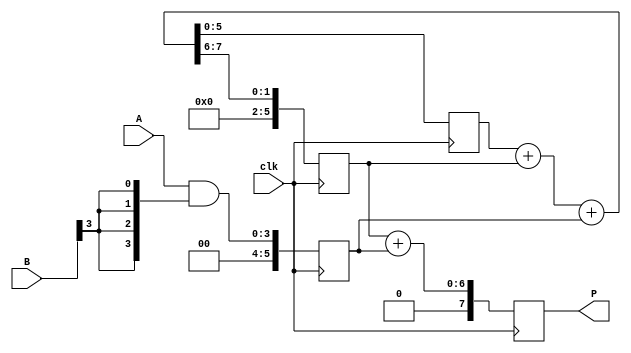
module wallace_tree_multiplier #(parameter N = 4) (
    input clk,
    input [N-1:0] A,
    input [N-1:0] B,
    output reg [2*N-1:0] P
);

// Generate Partial Products
wire [N-1:0] pp [0:N-1]; // Partial products

generate
    genvar i, j;
    for (i = 0; i < N; i = i + 1) begin: pp_gen
        assign pp[i] = A & {N{B[i]}};
    end
endgenerate

// Wallace Tree Reduction
reg [N+1:0] level [0:N-1]; // Extra bit for carry
integer stage;
always @(posedge clk) begin
    // Initialize the first level
    for (stage = 0; stage < N; stage = stage + 1) begin
        level[stage] <= {1'b0, pp[stage]}; // Add an extra bit at the MSB for carry
    end

    // Wallace Tree Reduction Process
    for (stage = 0; stage < N-1; stage = stage + 1) begin
        // Combine three lines at a time using half adders and full adders
        if (stage < N-2) begin
            {level[stage+1], level[stage]} <= {1'b0, level[stage]} + {1'b0, level[stage+1]} + {1'b0, level[stage+2]};
        end
    end
end

// Final Addition
always @(posedge clk) begin
    // Final two numbers are in level[N-2] and level[N-1]
    P <= level[N-2] + level[N-1]; // Final addition
end

endmodule